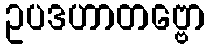
ဥပဒဟာတဗ္ဗော